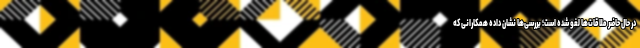
در حال حاضر ملاقات‌ها لغو شده است؛ بررسی‌ها نشان داده همکارانی که